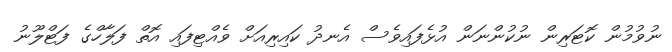
ނުވުމުން ކޮޓަރިން ނުކުންނަން އުޅެފައިވެސް އެނދު ކައިރިއަށް ވެއްޓިފައި އޮތް ފަލާހްގެ ފަޓްލޫނު